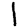
Digit: 1